Civil Veterinary Department. United Provinces 1912-22 - 1912-1922
Year: 1912
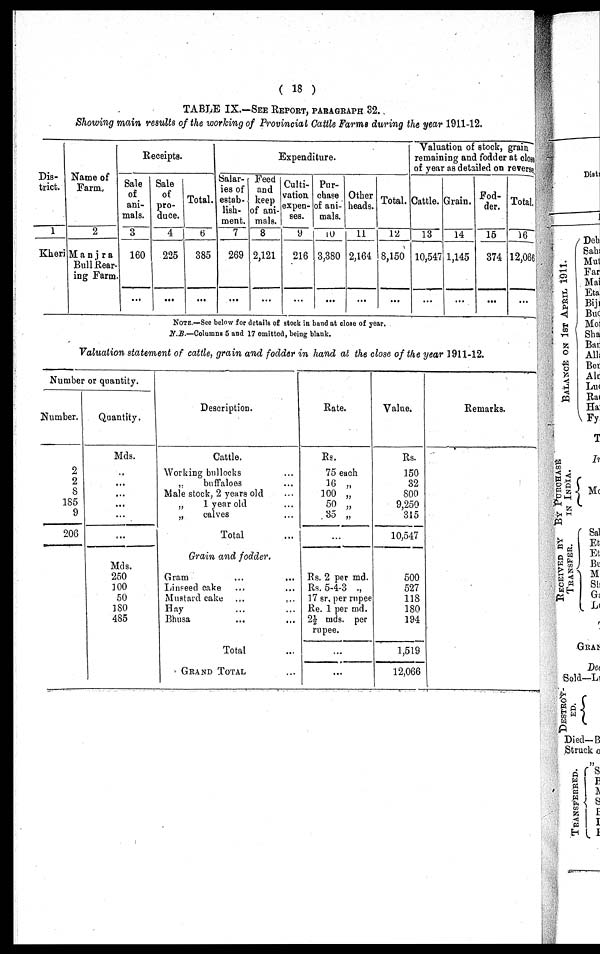
(18)
TABLE IX.—SEE REPORT, PARAGRAPH 32.
Showing main results of the working of Provincial Cattle Farms during the year 1911-12.
Dis-
trict.
1
Kheri
Name of
Farm.
2
Manira
Bull Rear-
ing Farm
Receipts.
Sale
of
ani-
mals.
3
160
...
Sale
of
pro-
duce.
4
225
...
Total.
6
385
...
Expendi
ture.
Salar-
ies of
estab-
lish-
ment.
7
269
...
Feed
and
keep
of ani-
mals.
8
2,121
...
Culti-
vation
expen-
ses.
9
216
... ...
Pur-
chase
of ani-
male.
10
3,380
Other
heads.
11
2,164
...
Total.
12
8,150
...
Valuation of stock, grain
remaining and fodder at class
of year as detailed on reverse
Cattle.
13
10,547
...
Grain.
14
1,145
...
Fod-
der.
15
374
...
Total,
16
12,066
...
NOTE.—See below for details of stock in hand at close of year.
N.B.—Columns 5 and 17 omitted, being blank.
Valuation statement of cattle, grain and fodder in hand at the close of the year 1911-12.
Number or quantity.
Number.
2
2
8
185
9
206
Quantity.
Mds.
..
...
...
...
...
Mds.
250
100
50
180
485
Description.
Cattle.
Working bullocks ...
„
buffaloes ...
Male stock, 2 years old ...
„
1 year old ...
„
calves ...
Total ...
Grain and fodder.
Gram ... ...
Linseed cake ... ...
Mustard cake
Hay ... ...
Bhusa ... ...
Total ...
GRAND TOTAL ...
Rate.
Rs.
75 each
16 „
100 „
50 „
35 „
...
Rs. 2 per md.
Rs. 5-4-3 „
17 sr. per rupee
Re. 1 per md.
2½ mds. per
rupee.
...
...
Value.
Rs.
150
32
800
9,250
315
10,547
500
527
118
180
194
1,519
12,066
Remarks.